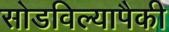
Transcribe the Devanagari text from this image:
सोडविल्यापैकी